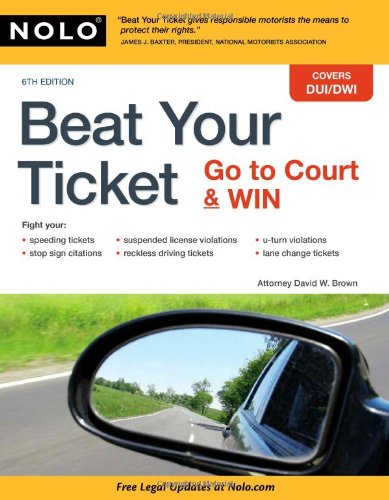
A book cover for Beat Your Ticket: Go to Court & Win; David Brown Attorney; Law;